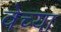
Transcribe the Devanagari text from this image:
वेच्या